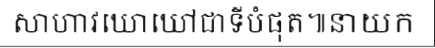
សាហាវឃោឃៅជាទីបំផុត៕នាយក